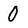
Character: O